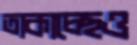
তাকাচ্ছেও